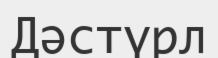
Дәстүрл